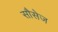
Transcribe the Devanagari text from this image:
सौसेज